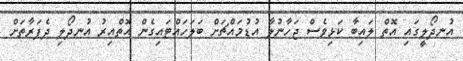
އުނދޯލީގައި އޮތް ލައިބާ ކަޅިވެސް ޖަހާނުލާ އުޑުމައްޗަށް ބަލަހައްޓައިގެން އޮތްއިރު އުނދޯލި ދެފަރާތަށް